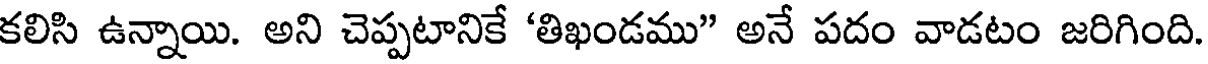
కలిసి ఉన్నాయి. అని చెప్పటానికే 'తిఖండము" అనే పదం వాడటం జరిగింది.